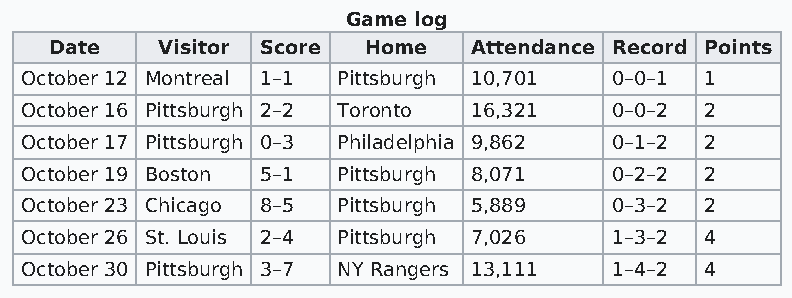
Game log
 Date   Visitor Score Home   Attendance Record Points
 October 12 Montreal 1–1 Pittsburgh 10,701 0–0–1 1
 October 16 Pittsburgh 2–2 Toronto 16,321 0–0–2 2
 October 17 Pittsburgh 0–3 Philadelphia 9,862 0–1–2 2
 October 19 Boston 5–1 Pittsburgh 8,071  0–2–2 2
 October 23 Chicago 8–5 Pittsburgh 5,889 0–3–2 2
 October 26 St. Louis 2–4 Pittsburgh 7,026 1–3–2 4
 October 30 Pittsburgh 3–7 NY Rangers 13,111 1–4–2 4